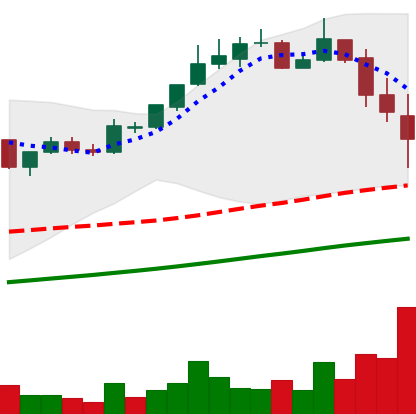
Ticker: BTC-USD
Chart end date: 2017-11-12
Forward return: 29.561%
Label: up_7plus